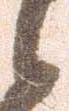
候